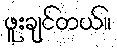
ဖူးချင်တယ်။